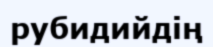
рубидийдің